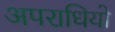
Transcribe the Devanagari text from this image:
अपराधियो